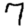
Digit: 7